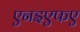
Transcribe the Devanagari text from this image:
एनइएफए